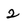
Character: 2